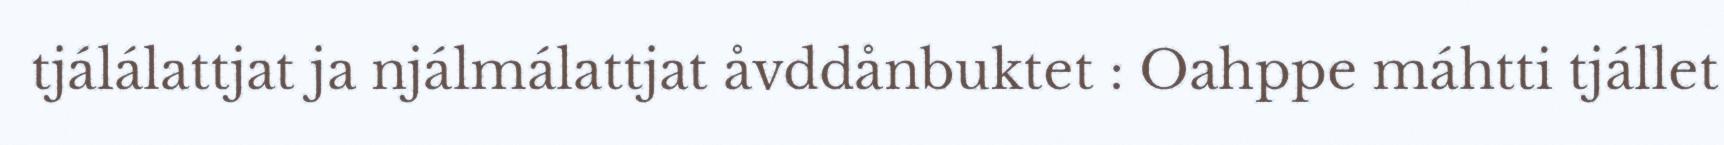
tjálálattjat ja njálmálattjat åvddånbuktet : Oahppe máhtti tjállet